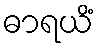
ဓာရယိံ